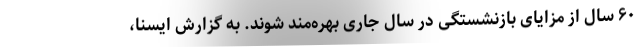
۶۰ سال از مزایای بازنشستگی در سال جاری بهره‌مند شوند. به گزارش ایسنا،